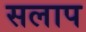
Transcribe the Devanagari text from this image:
सलाप